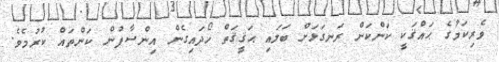
ވެރިކަމުގެ ޙައްޤަކީ ކަންކަން ރަނގަޅަށް ބަލައި ޙަޤީޤަތް ހޯދައިގެން އިންސާފުން ކަންތައް ކުރުމެވެ.